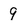
Character: 9